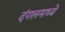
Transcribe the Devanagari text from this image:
दंगलमध्ये